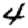
Digit: 4